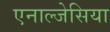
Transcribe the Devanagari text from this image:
एनाल्जेसिया